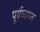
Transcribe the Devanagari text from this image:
पूर्वव्याप्त